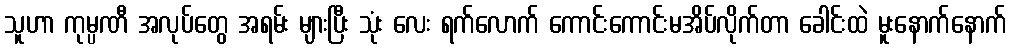
သူဟာ ကုမ္ပဏီ အလုပ်တွေ အရမ်း များပြီး သုံး လေး ရက်လောက် ကောင်းကောင်းမအိပ်လိုက်တာ ခေါင်းထဲ မူးနောက်နောက်